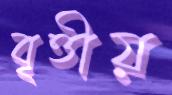
বৃত্তীয়